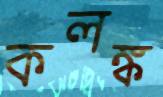
কলঙ্ক